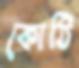
কোঠি